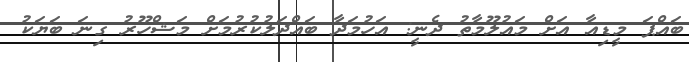
ބައްޕަ މީޑިއާ އަށް މައުލޫމާތު ދެނީ: އަހުމަދާ ބައްދަލުކުރުމަށް މަޝްހޫރު ގިނަ ބަޔަކު